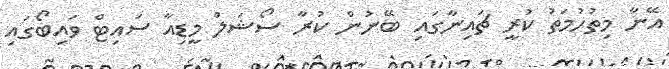
އޭނާ މިތުހުމަތު ކުރީ ޗައިނާގައި ބޭނުން ކުރާ ސޯޝަލް މީޑިއާ ސައިޓް ވައިބޯގައި